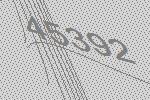
45392